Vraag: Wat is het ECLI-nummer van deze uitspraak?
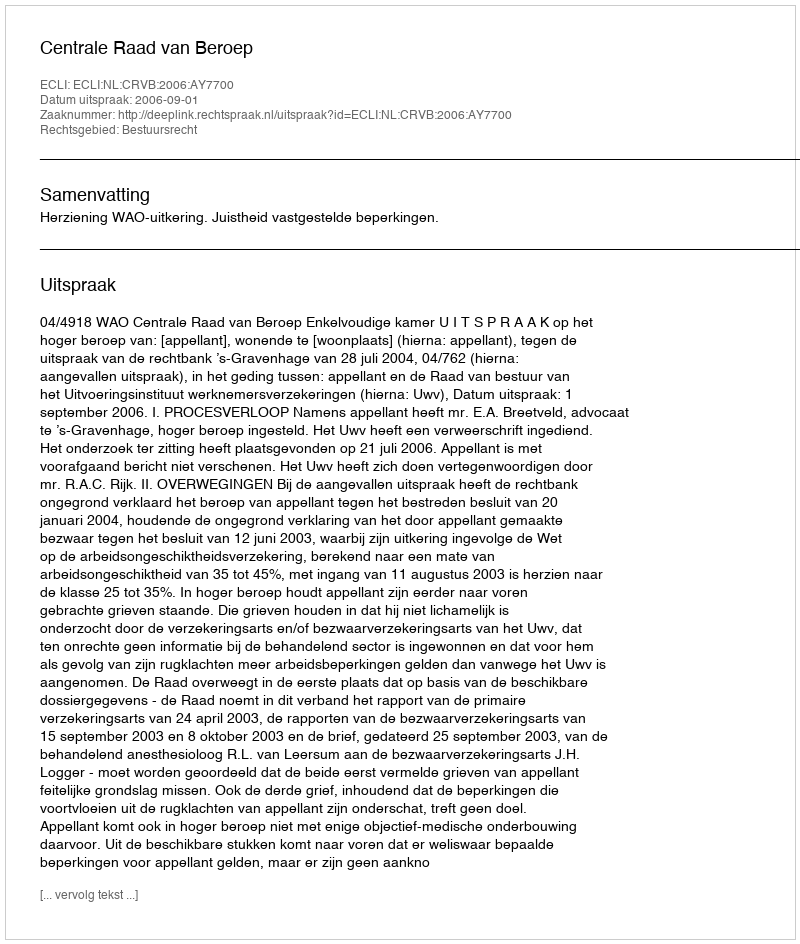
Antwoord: ECLI:NL:CRVB:2006:AY7700